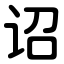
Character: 诏